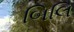
બિલિ